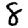
Digit: 8